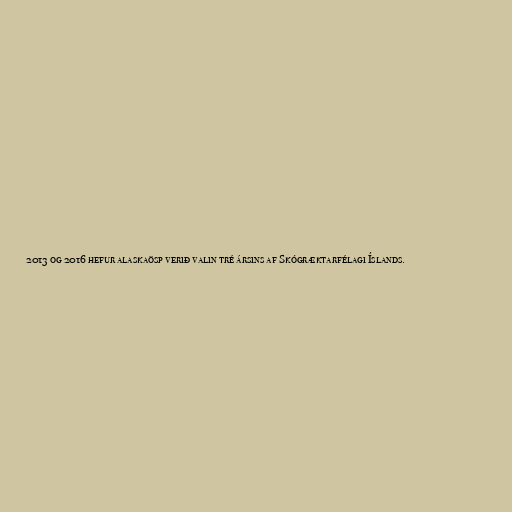
2013 og 2016 hefur alaskaösp verið valin tré ársins af Skógræktarfélagi Íslands.